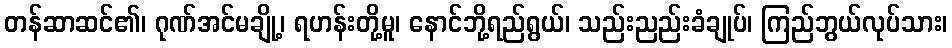
တန်ဆာဆင်၏၊ ဂုဏ်အင်မချို့၊ ရဟန်းတို့မူ၊ နောင်ဘို့ရည်ရွယ်၊ သည်းညည်းခံချုပ်၊ ကြည်ဘွယ်လုပ်သား၊